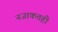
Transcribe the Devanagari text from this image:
नजाकतही